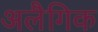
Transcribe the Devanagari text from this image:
अलैगिक